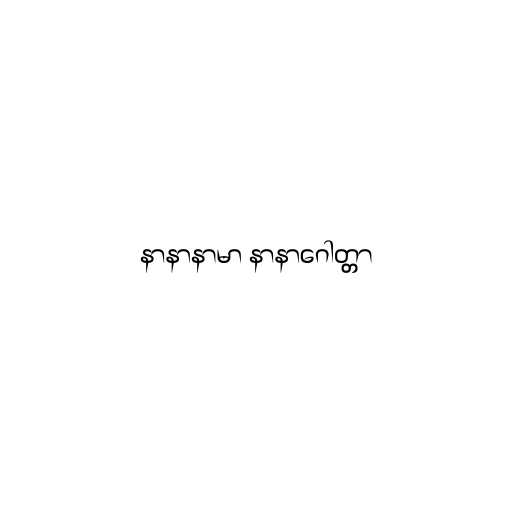
နာနာနာမာ နာနာဂေါတ္တာ